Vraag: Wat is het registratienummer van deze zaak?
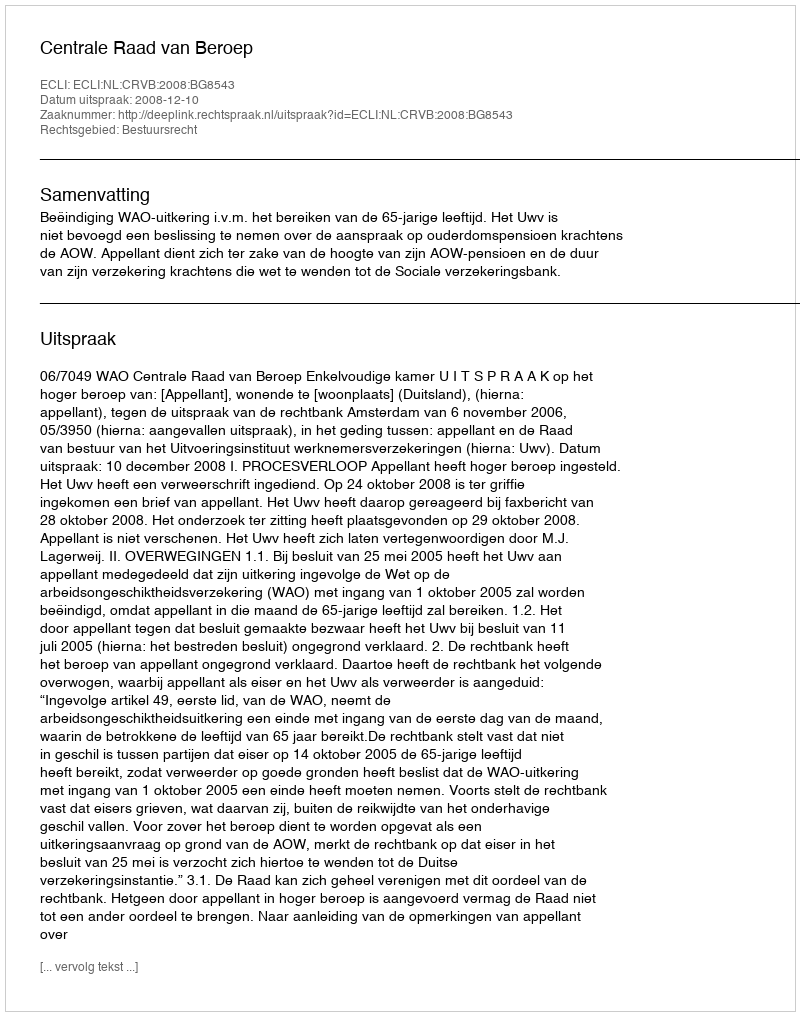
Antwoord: http://deeplink.rechtspraak.nl/uitspraak?id=ECLI:NL:CRVB:2008:BG8543